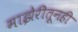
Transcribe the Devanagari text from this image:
माझेरीतूनही